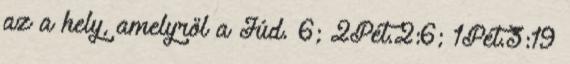
az a hely, amelyről a Júd. 6; 2Pét.2:6; 1Pét.3:19